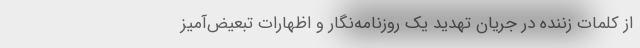
از کلمات زننده در جریان تهدید یک روزنامه‌نگار و اظهارات تبعیض‌آمیز